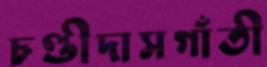
চণ্ডীদাসগাঁতী